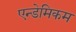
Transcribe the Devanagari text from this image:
एन्डेमिकम